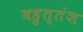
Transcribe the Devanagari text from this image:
बहुत्तंश